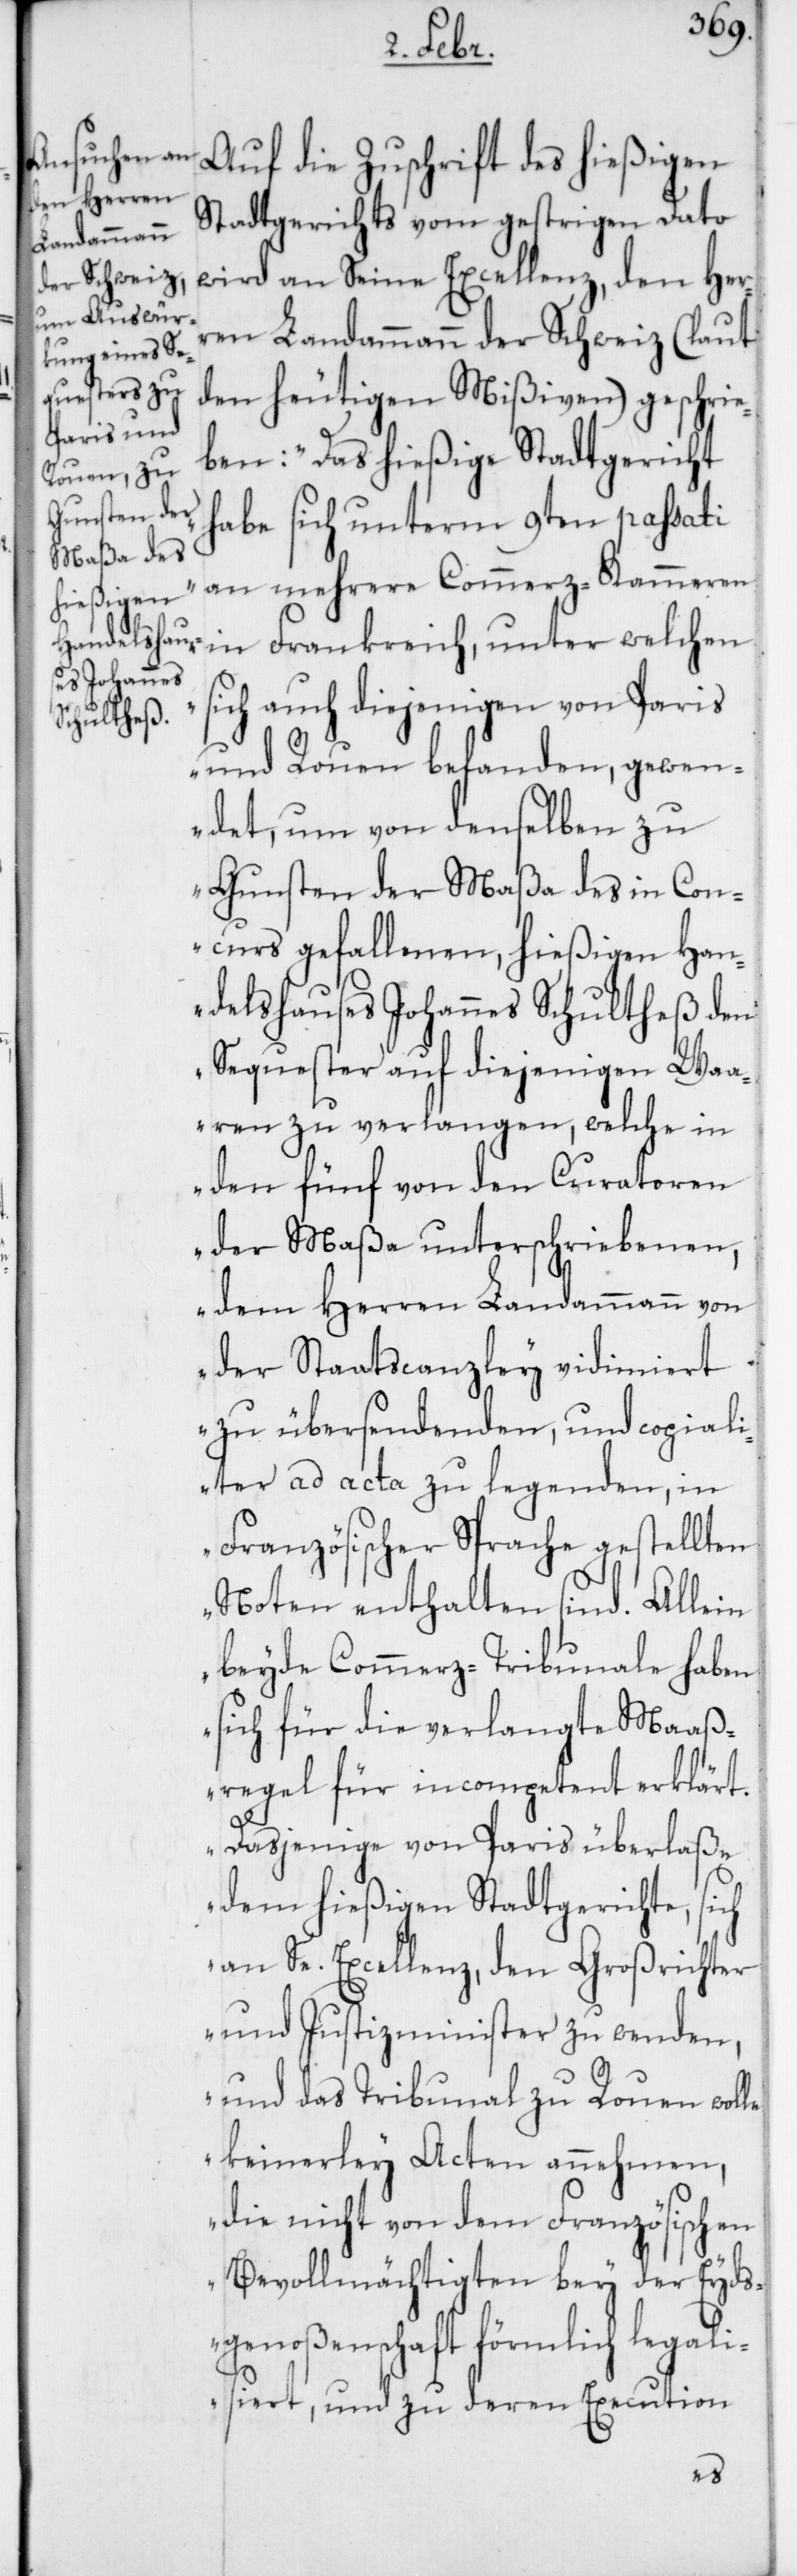
Auf die Zuschrift des hießigen
Stadtgerichts vom gestrigen Dato
wird an Seine Excellenz, den Her¬
ren Landammann der Schweiz (laut
den heutigen Mißiven) geschrie¬
ben: „Das hießige Stadtgericht
habe sich unterm 9ten passati
an mehrere Commerz-Kammeren
in Frankreich, unter welchen
ich auch diejenigen von Paris
und Rouen befanden, gewen¬
det, um von denselben zu
Gunsten der Maßa des in Con¬
curs gefallenen, hießigen Han¬
delshauses Johannes Schultheß den
Sequester auf diejenigen Waa¬
ren zu verlangen, welche in
den fünf von den Curatoren
der Maßa unterschriebenen,
dem Herren Landammann von
der Staatscanzley vidimiert
zu übersendenden, und copiali¬
ter ad acta zu legenden, in
Französischer Sprache gestellten
Noten enthalten sind. Allein
beyde Commerz-Tribunale haben
sich für die verlangte Maaß¬
egel für incompetent erklärt.
Dasjenige von Paris überlaße
dem hießigen Stadtgerichte, sich
an Se. Excellenz, den Großrichter
und Justizminister zu wenden,
und das Tribunal zu Rouen wolle
keinerley Acten annehmen,
die nicht von dem Französischen
Bevollmächtigten bey der Eyds¬
genoßenschaft förmlich legali¬
siert, und zu deren Execution
s¬